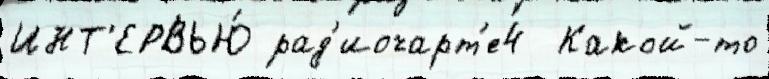
ИНТ'ЕРВЬЮ́ рад'иочарт'е4  Какой-то